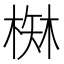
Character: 𰗾